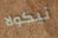
نيكولا